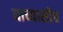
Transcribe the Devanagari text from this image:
याच्याशीच